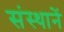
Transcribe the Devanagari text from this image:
संस्थानें